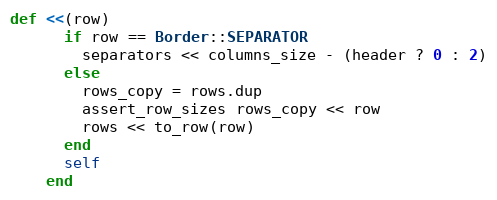
Language: Ruby
def <<(row)
      if row == Border::SEPARATOR
        separators << columns_size - (header ? 0 : 2)
      else
        rows_copy = rows.dup
        assert_row_sizes rows_copy << row
        rows << to_row(row)
      end
      self
    end